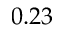
0 . 2 3